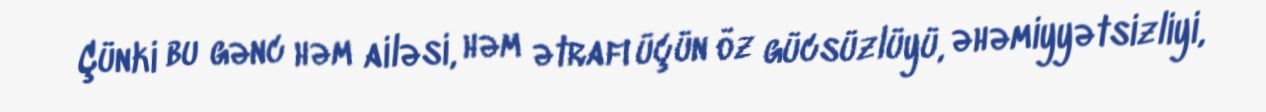
Çünki bu gənc həm ailəsi, həm ətrafı üçün öz gücsüzlüyü, əhəmiyyətsizliyi,